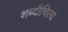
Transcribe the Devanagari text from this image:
शब्दौचित्य